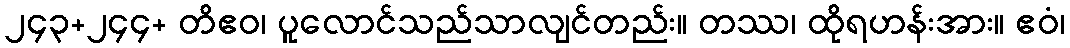
၂၄၃+၂၄၄+ တိဧဝ၊ ပူလောင်သည်သာလျင်တည်း။ တဿ၊ ထိုရဟန်းအား။ ဧဝံ၊